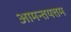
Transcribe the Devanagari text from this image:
आमन्तयत्तम